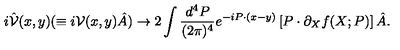
i \hat { { \cal V } } ( x , y ) ( \equiv i { \cal V } ( x , y ) \hat { A } ) \to 2 \int \frac { d ^ { 4 } P } { ( 2 \pi ) ^ { 4 } } e ^ { - i P \cdot ( x - y ) } \left[ P \cdot \partial _ { X } f ( X ; P ) \right] \hat { A } .